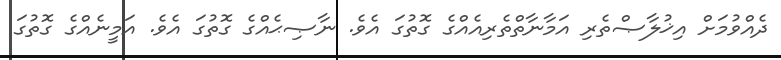
ދެއްވުމަށް އިޚުލާޞްތެރި އަމާނާތްތެރިއެއްގެ ގޮތުގަ އެވެ. ނާޞިޙެއްގެ ގޮތުގަ އެވެ. އަމީނެއްގެ ގޮތުގަ